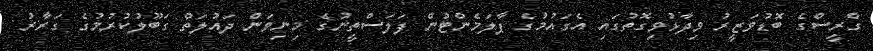
ގްރީސްގެ ބޮޑުވަޒީރު ވިދާޅުވިގޮތުގައި އެގައުމުގެ ޕާލަމެންޓުން ފަލަސްތީނުގެ މިނިވަން ދައުލަތް ގަބޫލުކުރުމުގެ ގަރާރު